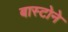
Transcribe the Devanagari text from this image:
बास्टोने